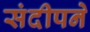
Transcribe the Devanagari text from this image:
संदीपने